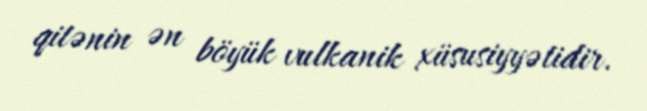
qitənin ən böyük vulkanik xüsusiyyətidir.